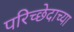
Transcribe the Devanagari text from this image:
परिच्छेदाच्या